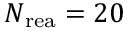
N _ { \mathrm { r e a } } = 2 0